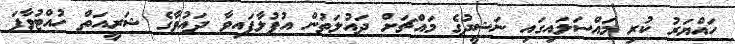
ހައްޔަރު ކުރި މައްސަލައިގައި ނަޝީދުގެ މައްޗަށް ދައުލަތުން އުފުލާފައިވާ ދައުވާގެ ޝަރީއަތް ހުއްޓުވާފަ